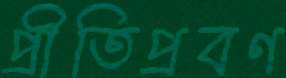
প্রীতিপ্রবণ